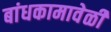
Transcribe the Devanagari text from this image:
बांधकामावेळी